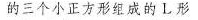
的三个小正方形组成的L形